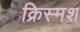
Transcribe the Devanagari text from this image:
क्रिस्मश